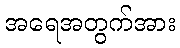
အရေအတွက်အား